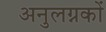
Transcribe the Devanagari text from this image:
अनुलग्नकों